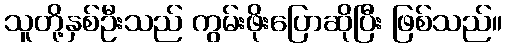
သူတို့နှစ်ဦးသည် ကွမ်းဖိုးပြောဆိုပြီး ဖြစ်သည်။